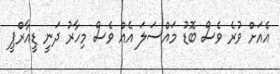
އެއަށް ވުރެ ވެސް ބޮޑު މައްސަލަ އެއް ވެސް މިހާރު ދަނީ ޑީއާރްޕީ